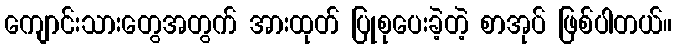
ကျောင်းသားတွေအတွက် အားထုတ် ပြုစုပေးခဲ့တဲ့ စာအုပ် ဖြစ်ပါတယ်။